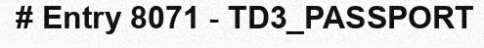
# Entry 8071 - TD3_PASSPORT